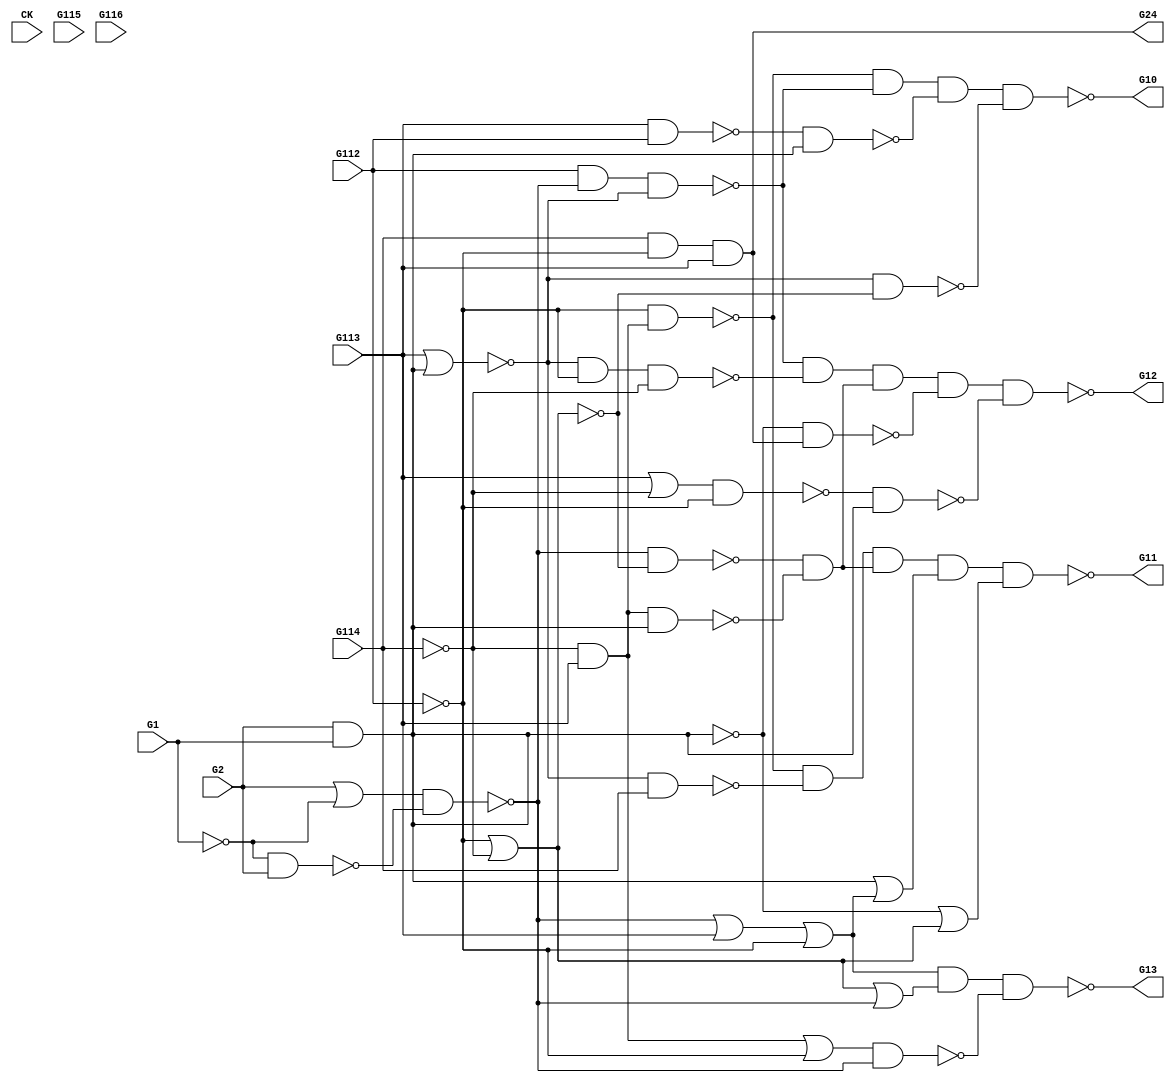
//#
//#
//#
//#
//#

module b01(CK,G1,G2,G112,G113,G114,G115,G116,G10,G11,G12,G13,G24);
input CK,G1,G2,G112,G113,G114,G115,G116; 
output G10,G11,G12,G13,G24; 

  wire G1,G2,G3,G4,G5,G6,G7,G8,G9,G10,G11,G12,G13,G14,G15,G16,G17,G18,G19,G20,G21,G22,G23,G24,G25,G26,
    G27,G28,G29,G30,G31,G32,G33,G34,G35,G36,G37,G38,G39,G40,G41,G42,G43,G44,G45,G46,G47,G48,G49,G50,
    G51,G52,G53,G54,G55,G56,G57,G58,G59,G60,G61,G62,G63,G64,G65,G66,G67,G68,G69,G70,G71,G72,G73,G74,
    G75,G76,G77,G78,G79,G80,G81,G82,G83,G84,G85,G86,G87,G88,G89,G90,G91,G92,G93,G94,G95,G96,G97,G98,
    G99,G100,G101,G102,G103,G104,G105,G106,G107,G108,G109,G110,G111,G112,G113,G114,G115,G116;

  nand NAND5_10(G10,G25,G26,G28,G29);
  nand NAND6_11(G11,G25,G32,G21,G39,G40);
  nand NAND6_12(G12,G26,G35,G21,G41,G42);
  nand NAND4_13(G13,G23,G43,G44);
  and AND3_14(G14,G19,G113);
  not NOT_15(G15,G1);
  nor NOR3_16(G16,G113,G18);
  not NOT_17(G17,G112);
  and AND3_18(G18,G2,G1);
  not NOT_19(G19,G114);
  nor NOR3_20(G20,G17,G19);
  and AND3_21(G21,G30,G31);
  nand NAND3_22(G22,G37,G38);
  or OR4_23(G23,G22,G113,G17);
  and AND4_24(G24,G114,G17,G113);
  nand NAND3_25(G25,G17,G14);
  nand NAND4_26(G26,G112,G22,G16);
  nand NAND3_27(G27,G113,G112);
  nand NAND3_28(G28,G27,G18);
  nand NAND3_29(G29,G16,G20);
  nand NAND3_30(G30,G22,G20);
  nand NAND3_31(G31,G14,G18);
  nand NAND3_32(G32,G16,G114);
  or OR3_33(G33,G113,G19);
  nand NAND3_34(G34,G33,G17);
  nand NAND4_35(G35,G16,G17,G19);
  or OR3_36(G36,G14,G17);
  or OR3_37(G37,G2,G15);
  nand NAND3_38(G38,G15,G2);
  or OR3_39(G39,G18,G23);
  or OR3_40(G40,G45,G46);
  nand NAND3_41(G41,G45,G24);
  nand NAND3_42(G42,G34,G18);
  or OR3_43(G43,G46,G22);
  nand NAND3_44(G44,G36,G22);
  not NOT_45(G45,G18);
  not NOT_46(G46,G20);

endmodule